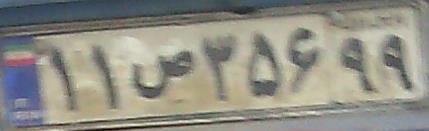
۱۱ص۳۵۶۹۹